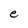
Character: e